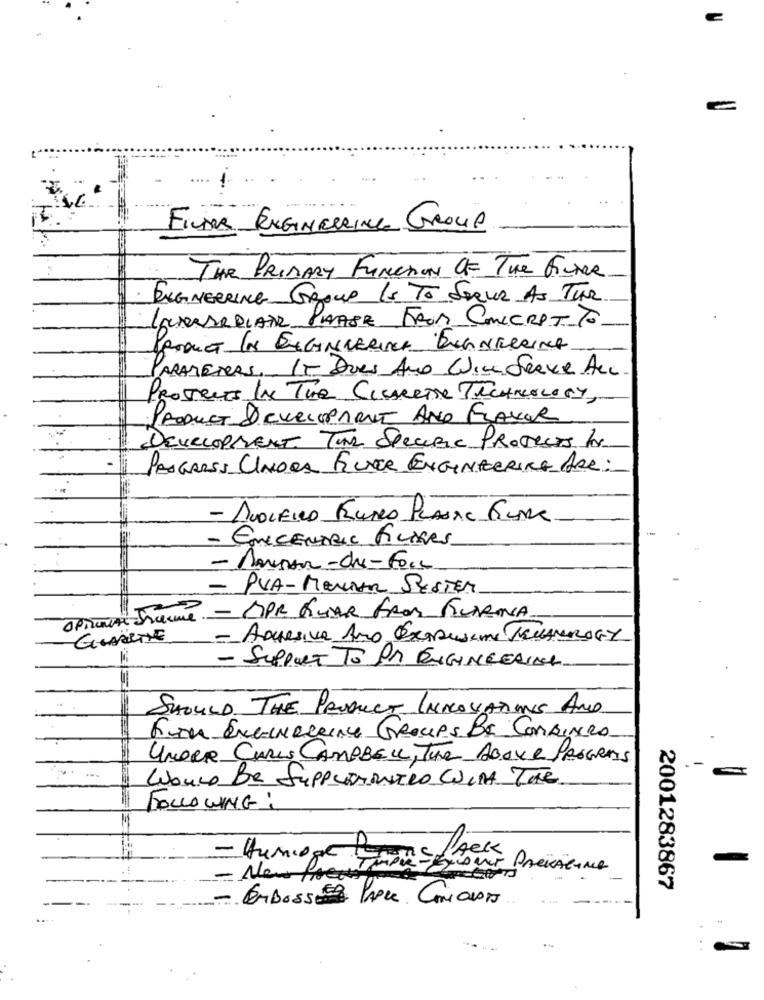
Finns ENGINEERING GROUP
THR PRIDARY FUNCION OF The Finner
ENGINEERING GROUP Is To Soeur AS The
LaMARIAAR PHASE FROM CONCRETTO
PRODUCT IN ENGINEERING ENGINEERING
PARAMETERS, IT Does And WineServe Acc.
PROJECTS IN THE CIGARETTE TECHNOLOGY,
PRODUCT & CURLOPARNT AND FLAVOR
DEVELOPMENT. The SPECIFIC PROTESTS for
PROGRESS UNORA FEUER ENGINEERING ARR:
- AVOLFIND EURO PLANAL GUNA
- EMICENTRIC FICARES
- PVA-MENDER SESTEM
une. - DPR QUAR FROM FIURINA
- Adesiva Ano Exorcisme MELLANRAGY
- SUPPORT TO DA ENGINEERIACH
SHOULD THE PRODUCT INNOVATIONS AND
Fon ENGINereine GROUPS BE COMBINED
UNDER CARLS CAMPBELL, The Above PROGRAMS
Louro Be SUPPLEMENTRO CINA THE.
FOLLOWING:
- Humore Pornsteuer Prévienne
- New frees
2001283867
---.
EMBoss Parce Concios